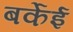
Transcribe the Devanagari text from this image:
बर्केई